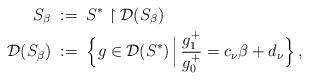
LaTeX: \begin{align*} S_{\beta}\;&:=\;S^*\upharpoonright\mathcal{D}(S_{\beta}) \\ \mathcal{D}(S_{\beta})\;&:=\;\Big\{g\in\mathcal{D}(S^*)\,\Big|\,\frac{g_1^+}{g_0^+}=c_\nu \beta+d_\nu\Big\}\,, \end{align*}